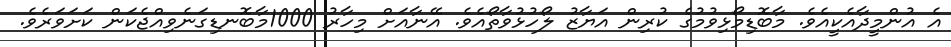
އެ އުންމީދާއެކީއެވެ. މާބޮޑިމޯޅިވުމުގެ ކުރިން އަޔާޒު ލޯހުޅުވާތޯއެވެ. އޭނާއަށް މިހާރު 1000މާބޮނޑިގަނެވިއްޖެކަން ކަށަވަރެވެ.